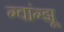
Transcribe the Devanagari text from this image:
ग्वांग्झू